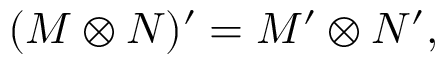
( M \otimes N ) ^ { \prime } = M ^ { \prime } \otimes N ^ { \prime } ,